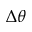
\Delta \theta